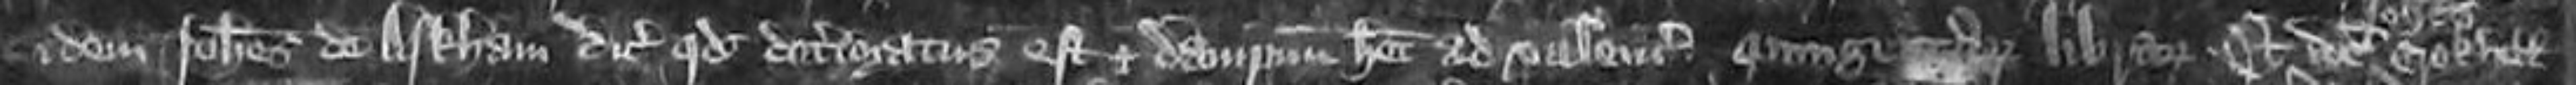
idem Johannes de Arkham dicit quoddeterioratus est et dampnum habet a valenciam quingentibus librarum Et idem Crokhill